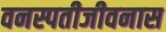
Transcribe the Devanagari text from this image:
वनस्पतीजीवनास